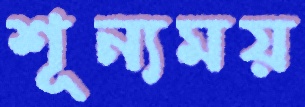
শূন্যময়